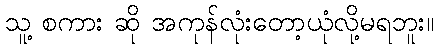
သူ့ စကား ဆို အကုန်လုံးတော့ယုံလို့မရဘူး။